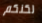
لكنكم